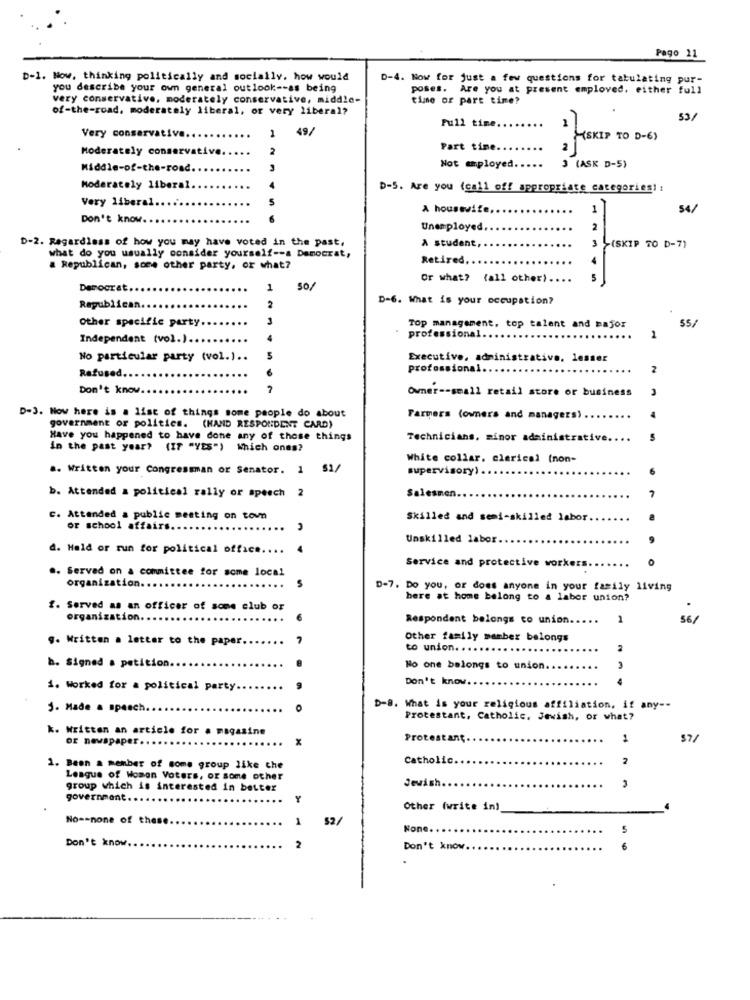
Pago 11
D-1. Now, thinking politically and socially. how would
D-4. Now for just a few questions for tabulating pur-
you describe your own general outlook -- as being
poses. Are you at present emploved, either full
very conservative, moderately conservative, middle-
time or part time?
of-the-road, moderately liberal, or very liberal?
Full time ..
53/
1
49/
Very conservative.
SKIP TO -G )
Moderately conservative.
Part time.
Middle-of-the-road
Not employed.
3 (ASK D-5)
Moderately liberal.
D-5. Are you (call off appropriate categories! :
Very liberal ..
A housewife,
54/
Don't know.
Unemployed
D-2. Regardless of how you may have voted in the past,
what do you usually consider yourself -- a Democrat,
A student,
Retired ..
a Republican, some other party, or what?
Or what? (all other).
Democrat ..
1
So/
D-6. What is your occupation?
Republican
Other specific party
Top management, top talent and major
2
55/
Independent (vol.) ...
professional ..
No particular party (vol.) ..
Executive, administrative, lesser
professional
2
Refused.
Don't know.
Owner -- small retail store or business
D-J. Now here is a list of things some people do about
Farmers (owners and managers)
government of politics. (HAND RESPONDENT CARD)
Have you happened to have done any of these things
Technicians, minor administr
in the past year? (IF "YES") Which ones?
White collar, clerical (non-
.. Written your Congressman or Senator. 1 51/
supervisory) .
b. Attended a political rally or speech 2
Salesmen.
C. Attended a public meeting on town
Skilled and semi-skilled labor.
or school affairs
Unskilled labor.
d. Hold or run for political office ....
.. Served on a committee for some local
Service and protective workers
organization.
5
D-7. Do you, or does anyone in your family living
here at home belong to a labor union?
f. Served as an officer of some club or
organization.
Respondent belongs to union ...
1
56/
g. Written a letter to the paper.
Other family member belongs
to union. . .
h. Signed a petition.
No one belongs to union.
3
Don't know
4
1. Worked for a political party ..
5. Made a speech.
O
D-8. What is your religious affiliation, if any --
Protestant, Catholic, Jewish, or what?
k. Written an article for a magasine
or newspap
Protestant
1
57/
Catholic.
2
1. Been a member of some group like the
League of Women Voters, or some other
Jewish.
group which is interested in better
government.
Other (write in)
No -- none of these.
1
52/
Don't know
2
Don't know
6